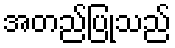
အတည်ပြုသည်